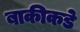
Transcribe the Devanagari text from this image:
बाकीकडे